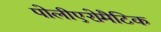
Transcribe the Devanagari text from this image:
पोलीएरोमैटिक